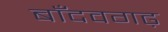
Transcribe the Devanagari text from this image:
बाँदवगढ़